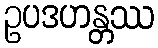
ဥပဒဟန္တဿ